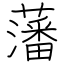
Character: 藩